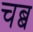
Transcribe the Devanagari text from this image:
चब्ब